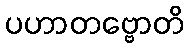
ပဟာတဗ္ဗောတိ